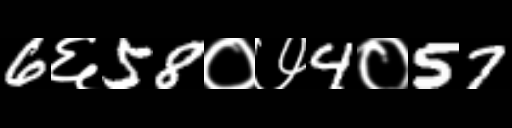
Text: 6६58०७4०57